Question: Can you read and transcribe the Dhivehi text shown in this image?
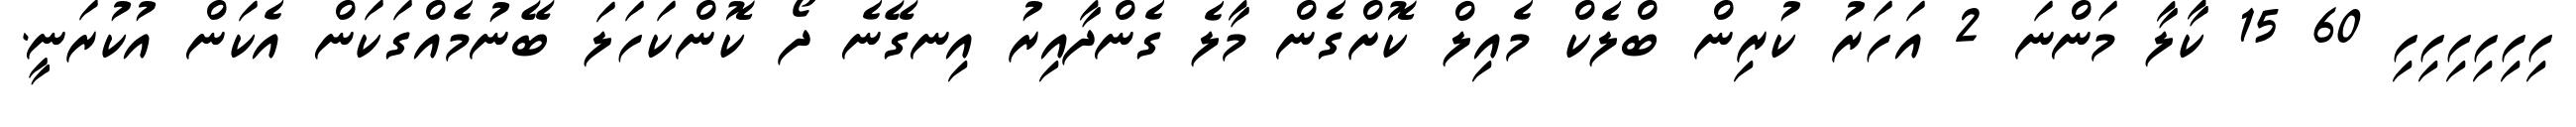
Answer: ހިހިހިހިހިހި 60 15 ކާލާ މަންނަ 2 އަހަރު ކުރިން ބްލެކް މެއިލް ކޮށްގެން މާލެ ގެންދާއިރު އިނގޭނެ ދޯ ކޮންކަހަލަ ބޭނުމެއްގަކަން އެކަން އުކުރަނީ.